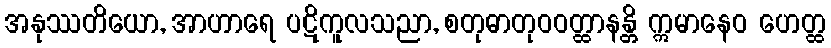
အနုဿတိယော, အာဟာရေ ပဋိကူလသညာ, စတုဓာတုဝဝတ္ထာနန္တိ ဣမာနေဝ ဟေတ္ထ